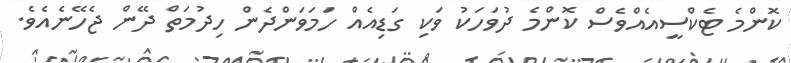
ކޮންމެ ޓެކްސީއެއްވެސް ކޮންމެ ދުވަހަކު ވަކި ގަޑިއެއް ހަމަވަންދެން ހިދުމަތް ދޭން ޖެހޭނެއެވެ.